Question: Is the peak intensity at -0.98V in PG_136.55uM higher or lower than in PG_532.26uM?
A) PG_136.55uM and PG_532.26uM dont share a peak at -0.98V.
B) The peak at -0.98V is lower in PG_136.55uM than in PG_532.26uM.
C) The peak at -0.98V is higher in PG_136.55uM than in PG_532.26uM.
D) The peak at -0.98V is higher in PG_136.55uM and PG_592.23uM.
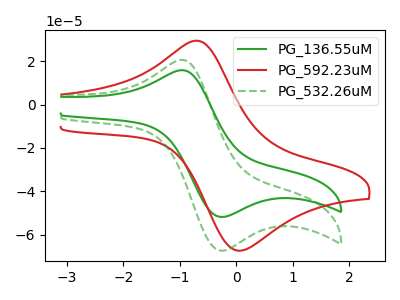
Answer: <think>The green curve "PG_136.55uM" has an anodic peak at (-1.00V, 15.80uA) and a cathodic peak at (-0.20V, -51.75uA). The red curve "PG_592.23uM" has an anodic peak at (-0.70V, 29.40uA) and a cathodic peak at (0.00V, -67.10uA). The green dashed curve "PG_532.26uM" has an anodic peak at (-1.00V, 20.55uA) and a cathodic peak at (-0.20V, -67.30uA).</think>
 <answer>B) The peak at -0.98V is lower in "PG_136.55uM" than in "PG_532.26uM".</answer>
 <eval>B</eval>